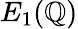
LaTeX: E_{1}(\mathbb{Q})